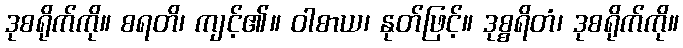
ဒုစရိုက်ကို။ စရတိ၊ ကျင့်၏။ ဝါစာယ၊ နုတ်ဖြင့်။ ဒုစ္စရိတံ၊ ဒုစရိုက်ကို။